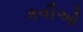
કવીઓ